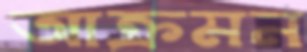
আক্রমন